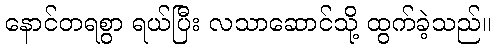
နောင်တရစွာ ရယ်ပြီး လသာဆောင်သို့ ထွက်ခဲ့သည်။